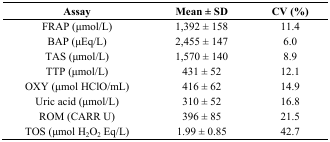
<table><thead><tr><td><b>Assay</b></td><td><b>Mean ± SD</b></td><td><b>CV (%)</b></td></tr></thead><tbody><tr><td>FRAP (μmol/L)</td><td>1,392 ± 158</td><td>11.4</td></tr><tr><td>BAP (μEq/L)</td><td>2,455 ± 147</td><td>6.0</td></tr><tr><td>TAS (μmol/L)</td><td>1,570 ± 140</td><td>8.9</td></tr><tr><td>TTP (μmol/L)</td><td>431 ± 52</td><td>12.1</td></tr><tr><td>OXY (μmol HClO/mL)</td><td>416 ± 62</td><td>14.9</td></tr><tr><td>Uric acid (μmol/L)</td><td>310 ± 52</td><td>16.8</td></tr><tr><td>ROM (CARR U)</td><td>396 ± 85</td><td>21.5</td></tr><tr><td>TOS (μmol H<sub>2</sub>O<sub>2</sub> Eq/L)</td><td>1.99 ± 0.85</td><td>42.7</td></tr></tbody></table>